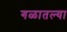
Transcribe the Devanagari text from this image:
गळातल्या